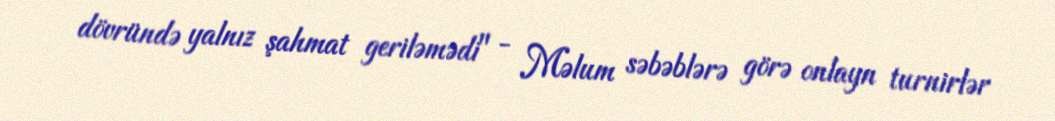
dövründə yalnız şahmat geriləmədi" - Məlum səbəblərə görə onlayn turnirlər